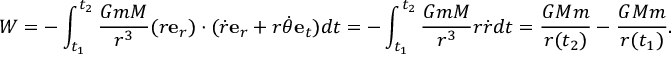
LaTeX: W = - \int _ { t _ { 1 } } ^ { t _ { 2 } } { \frac { G m M } { r ^ { 3 } } } ( r \mathbf { e } _ { r } ) \cdot ( { \dot { r } } \mathbf { e } _ { r } + r { \dot { \theta } } \mathbf { e } _ { t } ) d t = - \int _ { t _ { 1 } } ^ { t _ { 2 } } { \frac { G m M } { r ^ { 3 } } } r { \dot { r } } d t = { \frac { G M m } { r ( t _ { 2 } ) } } - { \frac { G M m } { r ( t _ { 1 } ) } } .